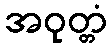
အဝုတ္တံ